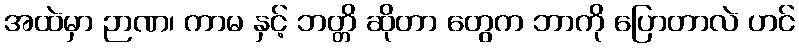
အထဲမှာ ဉာဏ၊ ကာမ နှင့် ဘတ္တိ ဆိုတာ တွေက ဘာကို ပြောတာလဲ ဟင်